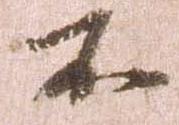
不